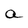
Character: a